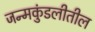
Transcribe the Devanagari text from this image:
जन्मकुंडलीतील